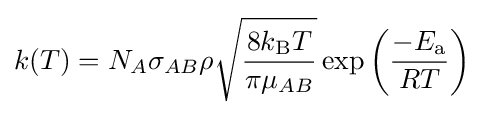
k(T)=N_{A}\sigma _{AB}\rho {\sqrt {\frac {8k_{\text{B}}T}{\pi \mu _{AB}}}}\exp \left({\frac {-E_{\text{a}}}{RT}}\right)